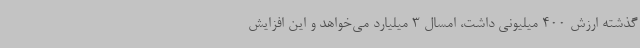
گذشته ارزش 400 میلیونی داشت، امسال 3 میلیارد می‌خواهد و این افزایش